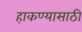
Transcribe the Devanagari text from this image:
हाकण्यासाठी